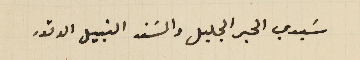
سَيدي الحبر الجليل والسَند النبيل الوقور